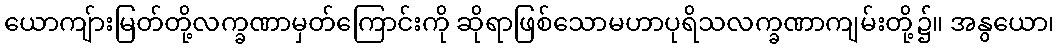
ယောကျ်ားမြတ်တို့လက္ခဏာမှတ်ကြောင်းကို ဆိုရာဖြစ်သောမဟာပုရိသလက္ခဏာကျမ်းတို့၌။ အနွယော၊